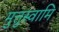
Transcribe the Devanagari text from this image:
मुत्तुस्वामि